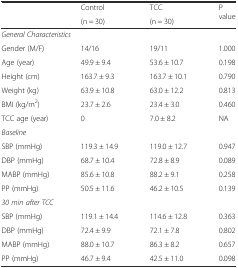
<table><thead><tr><td rowspan="2"></td><td><b>Control</b></td><td><b>TCC</b></td><td rowspan="2"><b>P value</b></td></tr><tr><td><b>(n = 30)</b></td><td><b>(n = 30)</b></td></tr></thead><tbody><tr><td colspan="4"><i>General Characteristics</i></td></tr><tr><td>Gender (M/F)</td><td>14/16</td><td>19/11</td><td>1.000</td></tr><tr><td>Age (year)</td><td>49.9 ± 9.4</td><td>53.6 ± 10.7</td><td>0.198</td></tr><tr><td>Height (cm)</td><td>163.7 ± 9.3</td><td>163.7 ± 10.1</td><td>0.790</td></tr><tr><td>Weight (kg)</td><td>63.9 ± 10.8</td><td>63.0 ± 12.2</td><td>0.813</td></tr><tr><td>BMI (kg/m<sup>2</sup>)</td><td>23.7 ± 2.6</td><td>23.4 ± 3.0</td><td>0.460</td></tr><tr><td>TCC age (year)</td><td>0</td><td>7.0 ± 8.2</td><td>NA</td></tr><tr><td colspan="4"><i>Baseline</i></td></tr><tr><td>SBP (mmHg)</td><td>119.3 ± 14.9</td><td>119.0 ± 12.7</td><td>0.947</td></tr><tr><td>DBP (mmHg)</td><td>68.7 ± 10.4</td><td>72.8 ± 8.9</td><td>0.089</td></tr><tr><td>MABP (mmHg)</td><td>85.6 ± 10.8</td><td>88.2 ± 9.1</td><td>0.258</td></tr><tr><td>PP (mmHg)</td><td>50.5 ± 11.6</td><td>46.2 ± 10.5</td><td>0.139</td></tr><tr><td colspan="4"><i>30 min after TCC</i></td></tr><tr><td>SBP (mmHg)</td><td>119.1 ± 14.4</td><td>114.6 ± 12.8</td><td>0.363</td></tr><tr><td>DBP (mmHg)</td><td>72.4 ± 9.9</td><td>72.1 ± 7.8</td><td>0.802</td></tr><tr><td>MABP (mmHg)</td><td>88.0 ± 10.7</td><td>86.3 ± 8.2</td><td>0.657</td></tr><tr><td>PP (mmHg)</td><td>46.7 ± 9.4</td><td>42.5 ± 11.0</td><td>0.098</td></tr></tbody></table>